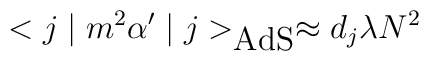
<j\mid m^2\alpha' \mid j>_{\mbox{AdS}}\approx d_{{j}}\lambda N^2